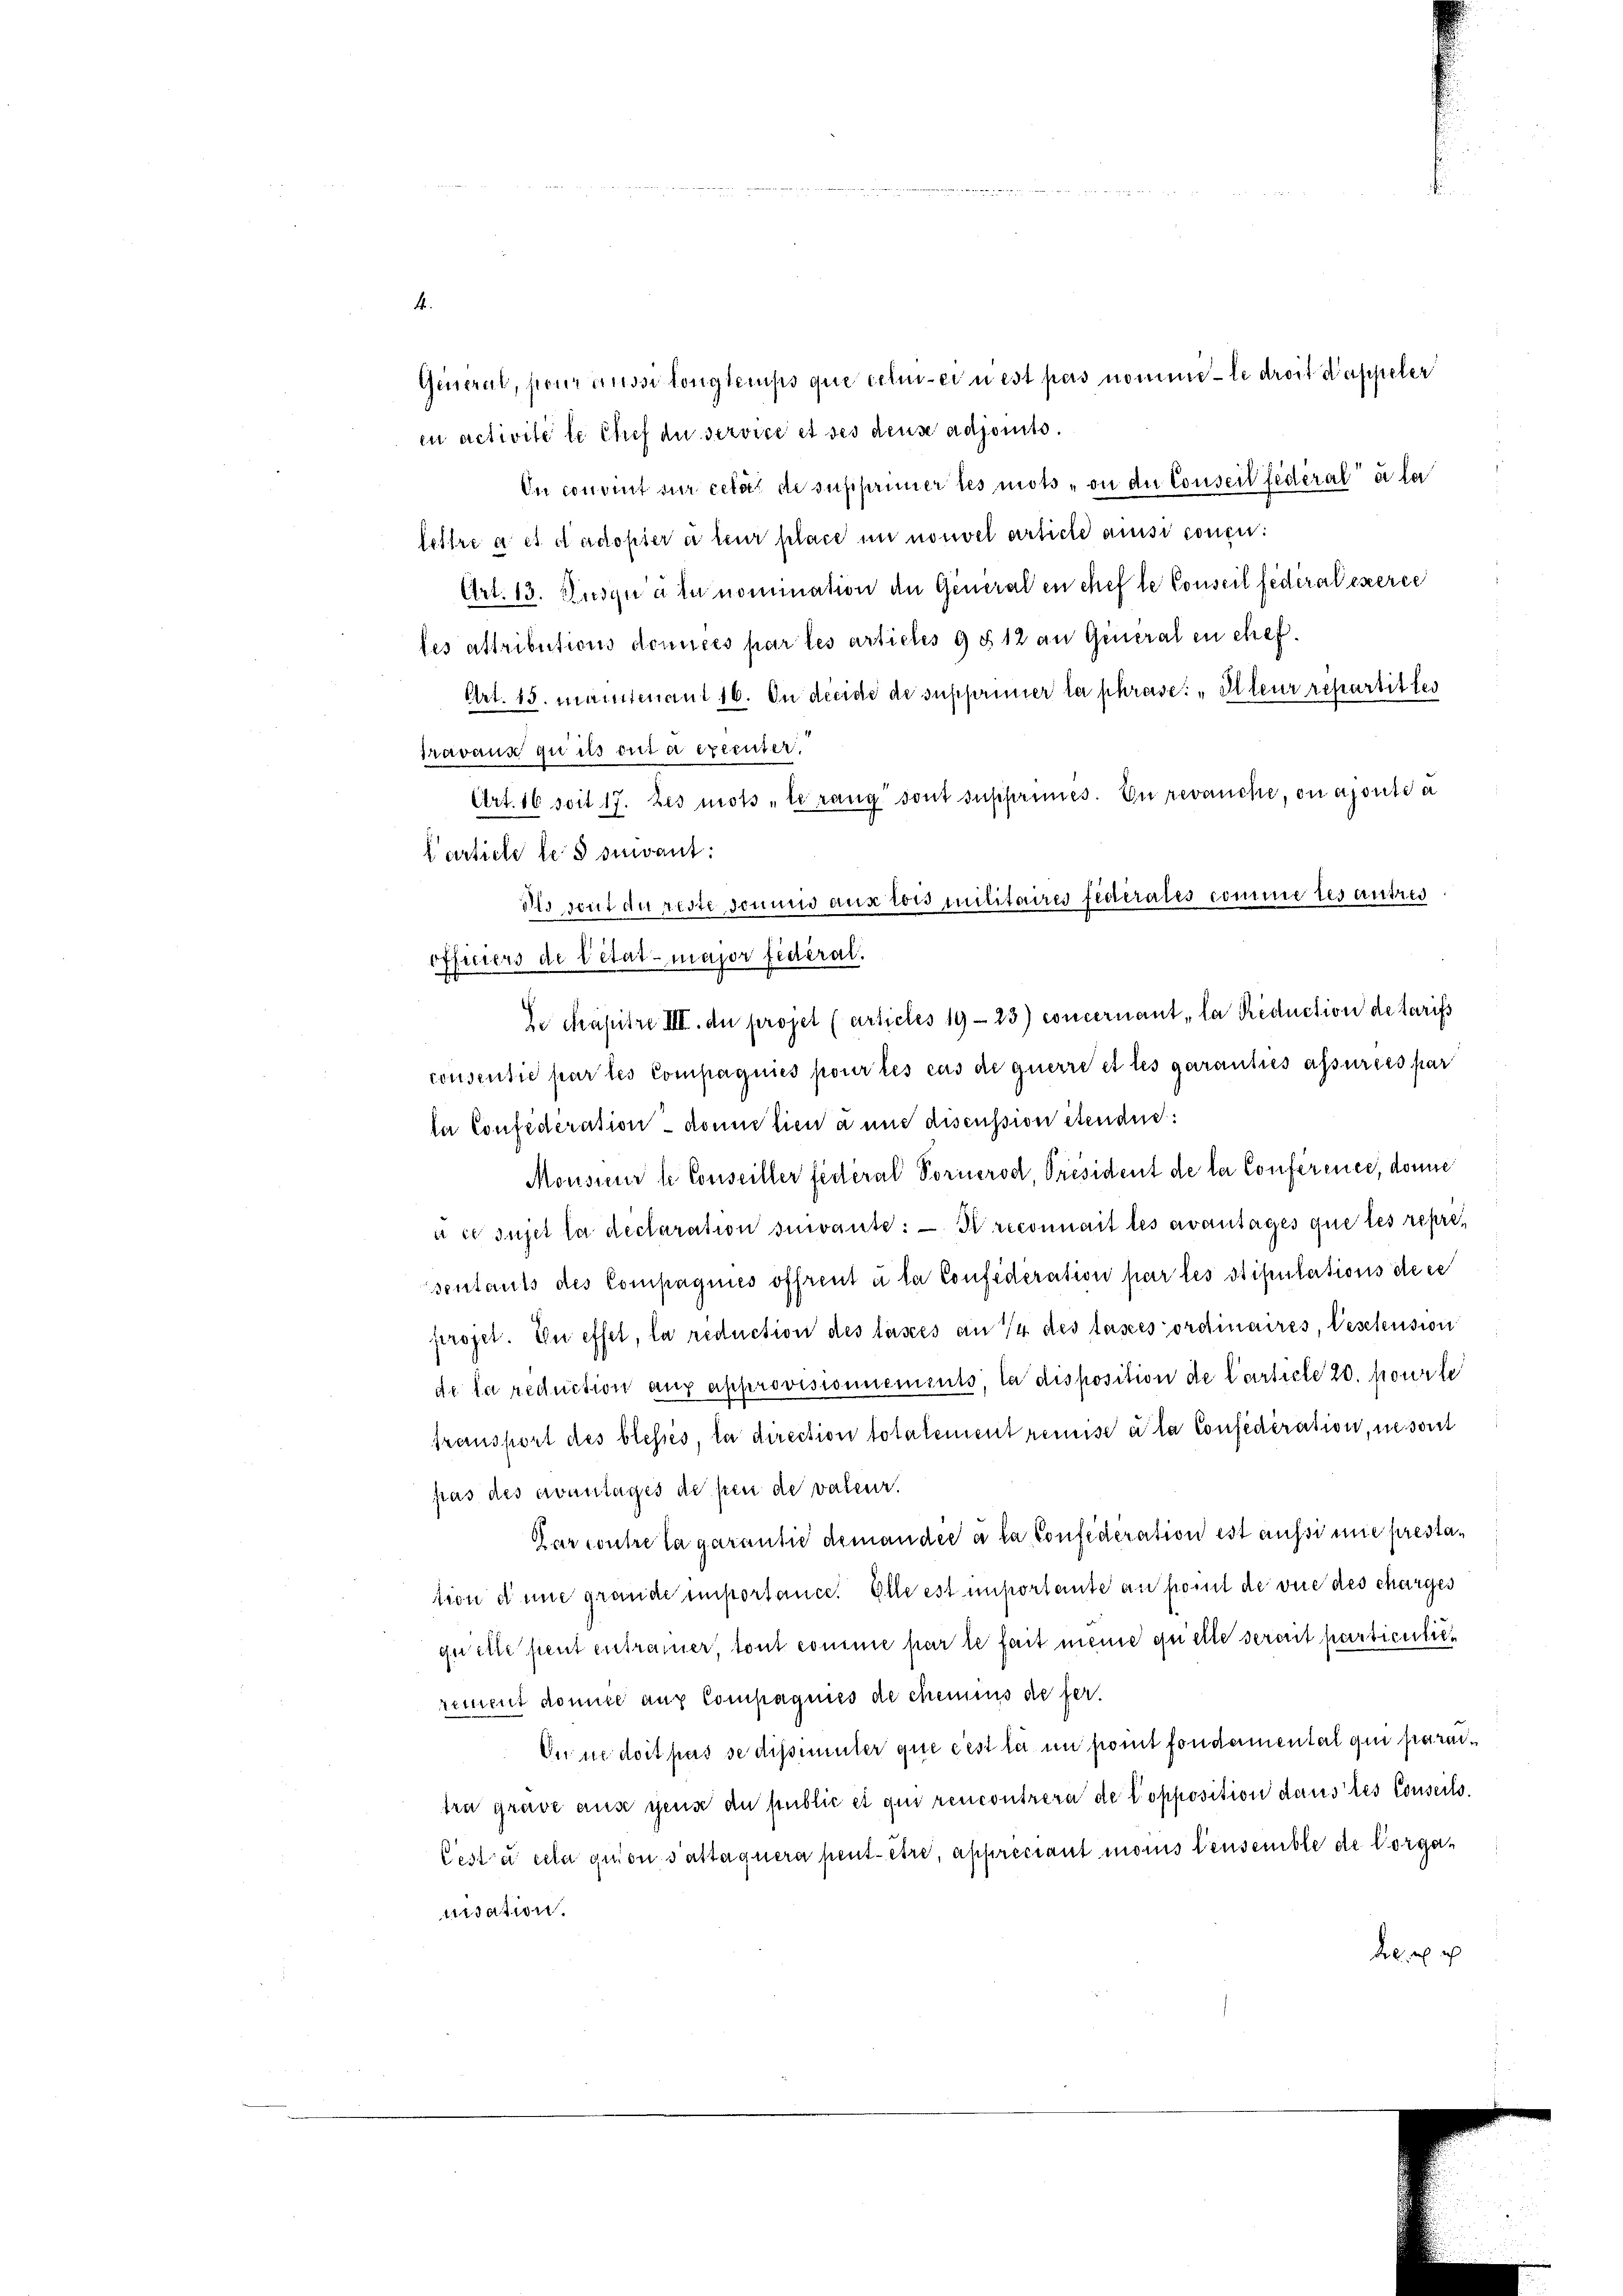
Geiseral, pour aussi longtemps que ich einest pas nomme le droit d’appeler
in activite le Chef du service et des deus adjonts¬
In convent sur cela de supprimer les mots , on die Conseil fédéral à la
lettre a et dadopter à leur place in nouvel artiche aussi conen:
Art. 13. Jusqu’à la nomination der Generalen chef le Conseil fédéralexerce
fes attributions domices par les articles 9 § 12 an General en chef.
Art. 15. Mantenant 16. Du decide de supprimer la phrase: „Illeur repartit les
travaux qui ils ont a executer.
Art. 16 soit 17. Les mots „le rang sont supprimes. In revanche, ou ajouti a
Carticle les suivant.
dosaut du reste dominis aus tois Militaires federales comme les autres
officiers de rétat major fidéral.
De Papitre III. du projet (articles 1923) concernant la Reduction de tarifs
consentie par les Compagnies pour les cas de querre et les garantes assurées par
la Confideration donne lieu a und discussion itendes:
Monsieur le Conseiller federal Vornerod, Président de la Conference, donne
à ce sujet la declaration suivante. — Il reconnait les avantages que les representants des Compagnies offrent à la Confederation par les stipulations de ce
projet. In effet, la reduction des tasces an 1/4 des lasses ordinaires, beschension
de la reduction auf approvisionnements, la disposition de Carticle 20. pourte
transport des blessés, la direction totalement remise à la Considération, ne sont
pas des evantages de peu de valeur.
Darwuhre la garantie demander à la Confederation ist aussi nie prestation dene grande importance. Elle est importante an komt de vue des charges
quette peut entramer, tout comme par le fait meine quelle seront particulien
rement domite auf Compagnies de chemens de fer¬
On ne doit pas se dissimuter que cest la in pomt fondamental qui paraitra grave ause gens du public et qui rencontrera de Copposition daus des Conseils.
Cestra cela quon sattaquera peut être, appreciant monis densemble de Vorgauidation.
d ich